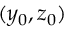
( y _ { 0 } , z _ { 0 } )